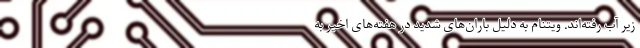
زیر آب رفته‌اند. ویتنام به دلیل باران‌های شدید در هفته‌های اخیر به